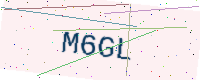
Text: M6GL